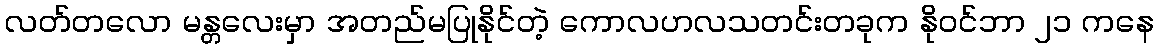
လတ်တလော မန္တလေးမှာ အတည်မပြုနိုင်တဲ့ ကောလဟလသတင်းတခုက နိုဝင်ဘာ ၂၁ ကနေ